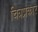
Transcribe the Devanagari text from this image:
चित्रप्रकार